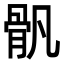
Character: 骪